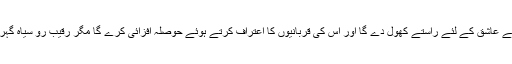
میرا خیال تھا کہ اس کی ناراضی وقتی اور سیاسی ہے، اقتدار میں آئے گا تو بدل جائے گا، اپنے عاشق کے لئے راستے کھول دے گا اور اس کی قربانیوں کا اعتراف کرتے ہوئے حوصلہ افزائی کرے گا مگر رقیبِ رو سیاہ گہرا گھائو لگا چکا تھا، اس نے اقتدار میں آتے ہی میرے پیشے پر زبانی حملے شروع کر دیئے۔